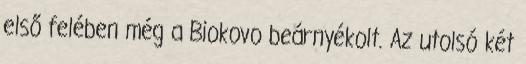
első felében még a Biokovo beárnyékolt. Az utolsó két